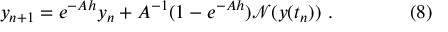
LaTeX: y _ { n + 1 } = e ^ { - A h } y _ { n } + A ^ { - 1 } ( 1 - e ^ { - A h } ) { \mathcal { N } } ( y ( t _ { n } ) ) \ . \qquad \qquad ( 8 )